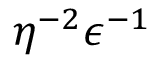
\eta ^ { - 2 } \epsilon ^ { - 1 }